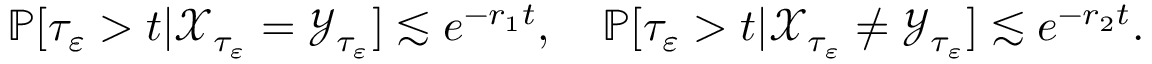
\begin{array} { r l r } & { } & { \mathbb { P } [ \tau _ { \varepsilon } > t | { \mathcal X } _ { \tau _ { \varepsilon } } = { \mathcal Y } _ { \tau _ { \varepsilon } } ] \lesssim e ^ { - r _ { 1 } t } , \quad \mathbb { P } [ \tau _ { \varepsilon } > t | { \mathcal X } _ { \tau _ { \varepsilon } } \neq { \mathcal Y } _ { \tau _ { \varepsilon } } ] \lesssim e ^ { - r _ { 2 } t } . } \end{array}